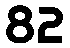
82